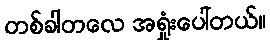
တစ်ခါတလေ အရှုံးပေါ်တယ်။